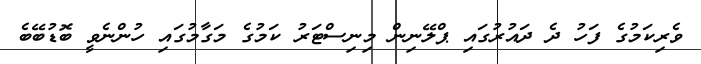
ވެރިކަމުގެ ފަހު ދެ ދައުރުގައި ޕްލޭނިން މިނިސްޓަރު ކަމުގެ މަގާމުގައި ހުންނެވީ ބޮޑުބޭބެ